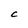
Character: C